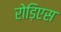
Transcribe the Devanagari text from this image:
रोड़िएस